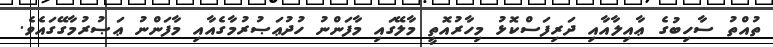
ތުއްތު ސާހިބުގެ ޢާއިލާއާއި ދަރިފަސްކޮޅު މިހާރުއޮތީ މާލޭގައި މާފަންނު ހުދުޢަޞުރުމާގެއާއި މާފަންނު ޢަޞުރުމާގޭގައެވެ.